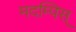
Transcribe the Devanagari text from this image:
मदम्पिस्